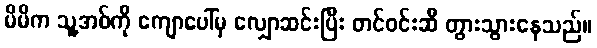
မိမိက သူ့အစ်ကို ကျောပေါ်မှ လျှောဆင်းပြီး တင်ဝင်းဆီ တွားသွားနေသည်။